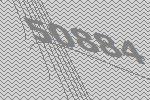
50884